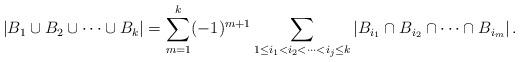
LaTeX: \begin{align*}\arrowvert B_{1}\cup B_{2} \cup \dots \cup B_{k} \arrowvert &= \sum_{m=1}^{k} (-1)^{m+1}\sum_{1\leq i_1 < i_2 < \dots <i_j \leq k} \arrowvert B_{i_1}\cap B_{i_2} \cap \dots \cap B_{i_m} \arrowvert \,. \\\end{align*}